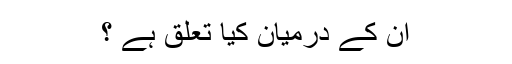
ان کے درمیان کیا تعلق ہے ؟